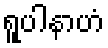
ရူပါနာဟံ